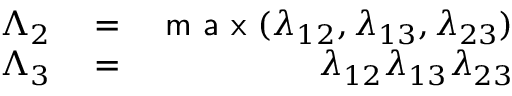
\begin{array} { r l r } { \Lambda _ { 2 } } & { { } = } & { \textsf { m a x } ( \lambda _ { 1 2 } , \lambda _ { 1 3 } , \lambda _ { 2 3 } ) } \\ { \Lambda _ { 3 } } & { { } = } & { \lambda _ { 1 2 } \lambda _ { 1 3 } \lambda _ { 2 3 } } \end{array}